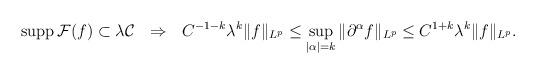
LaTeX: \begin{align*} \operatorname{supp}\mathcal{F}(f)\subset\lambda\mathcal{C} \ \ \Rightarrow\ \ C^{-1-k}\lambda^{k}\|f\|_{L^{p}}\leq \sup_{|\alpha|=k}\|\partial^{\alpha}f\|_{L^{p}}\leq C^{1+k}\lambda^{k}\|f\|_{L^{p}}.\end{align*}